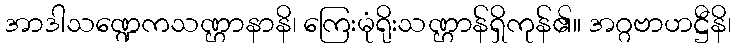
အာဒါသဏ္ဍေကသဏ္ဌာနာနိ၊ ကြေးမုံရိုးသဏ္ဌာန်ရှိကုန်၏။ အဂ္ဂဗာဟဋ္ဌီနိ၊